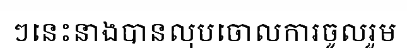
ៗនេះនាងបានលុបចោលការចូលរួម